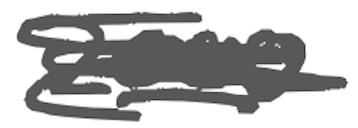
Text: 2000
Cross-out: scratch
Writing tool: digital_gray